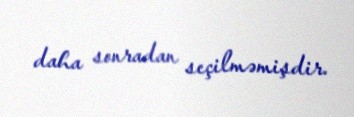
daha sonradan seçilməmişdir.